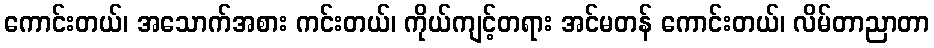
ကောင်းတယ်၊ အသောက်အစား ကင်းတယ်၊ ကိုယ်ကျင့်တရား အင်မတန် ကောင်းတယ်၊ လိမ်တာညာတာ